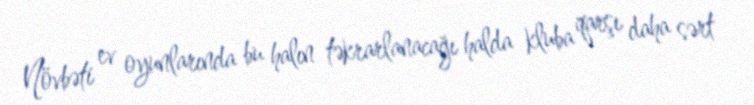
Növbəti ev oyunlarında bu halın təkrarlanacağı halda kluba qarşı daha sərt